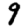
Digit: 9